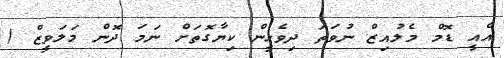
އެއީ ޑޮމް މެލުއިޒް ނުވަތަ ދިވެހީން ކިޔާގޮތަށް ނަމަ ދޮން މަލަވީޒް (